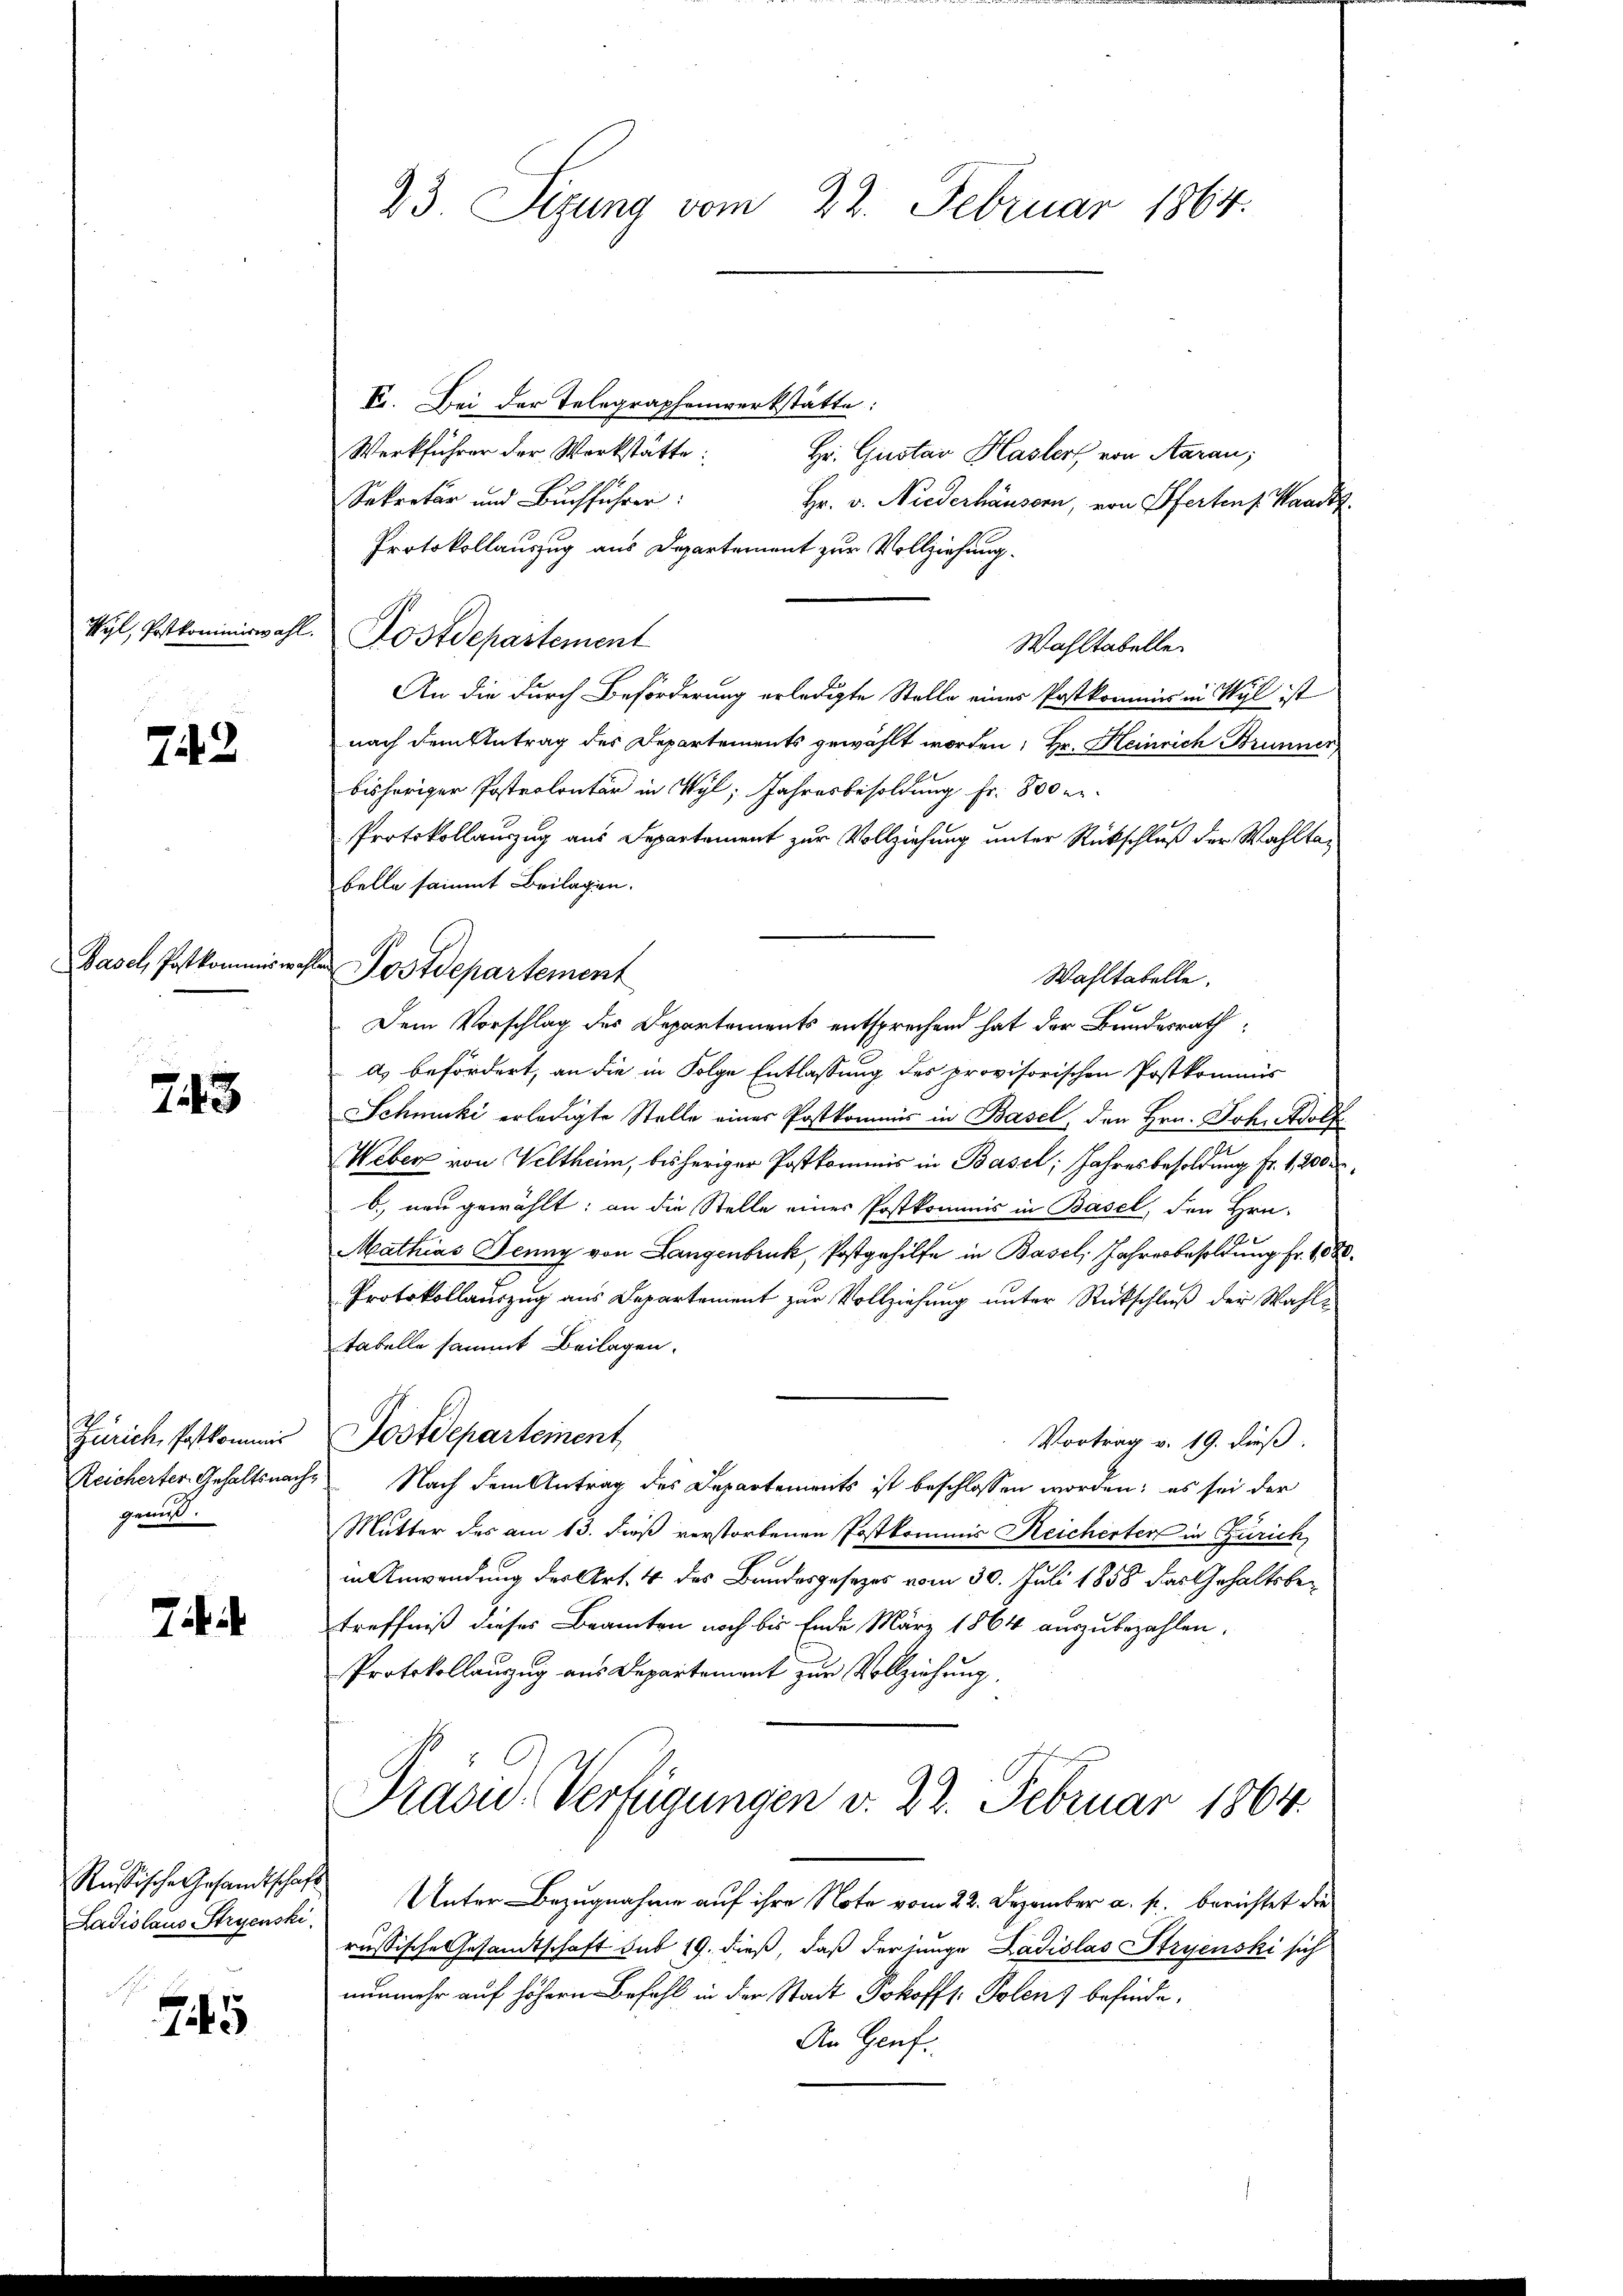
Wyl, Postkommiswahl

742

Basel, Postkommiswa

248

Zürich, Postkommis
Reicherter Gehaltsnach.
gemis.

Thi

Rustische Gesandtschaft
Ladislaus Stryenski

5

de Postdepartement

23 Sizung vom 22. Februar 1864.

E. Bei der Telegraphenwerkstätte:
Werkführer der Werkstätte:
Hr. Gustav Hasler von Aarau,
Sekretär und Buchführer:
Hr. v. Niederhäusern, von Pferten Waadtz
Protokollauszug aus Departement zur Vollziehung.
Postdepartement
Wahltabelle.
An die durch Beförderung erledigte Stelle eines Postkommis in Wyl ist
nach dem Antrag des Departements gewählt worden; Hr. Heinrich Brunner,
bisheriger Postrolontär in Wyl, Jahresbesoldung fr. 800 er
Protokollauszug aus Departement zur Vollziehung unter Rückschluß der Wahltabelle sammt Beilagen.
Wahltabelle.
Dem Vorschlag des Departements entsprechend hat der Bundesrath
a) befördert, an die in Folge Entlassung des provisorischen Postkommis
Schmucki erledigte Stelle eines Postkommis in Basel, den Hrn. Joh. Adolf
Weber von Veltheim, bisheriger Postkommis in Basel, Jahresbesoldung fr. 1200
b) neu gewählt: an die Stelle einer Postkommis in Basel, den Hrn.
Mathias Jenny von Langenbruck, Postgehilfe in Basel, Jahresbesoldŭng fr. 1080.
Protokollauszug aus Departement zur Vollziehung unter Rückschluß der Wahltabelle sammt Beilagen.
Postdepartement,
Vortrag v. 19. dieß.
 Nach dem Antrag des Departements ist beschlossen worden; es sei der
Mutter des am 13. dieß verstorbenen Postkommis Reicherten in Zürich,
in Anwendung der Art. 4 des Bundesgesetzes vom 30. Juli 1858 das Gehaltsbetreffniß dieses Beamten noch bis Ende März 1864 auszubezahlen.
Protokollauszug aus Departement zur Vollziehung.
Präsid. Verfügungen v. 22. Februar 1864.
Unter Bezugnahme auf ihre Note vom 22. Dezember a. p. berichtet die
russische Gesamtschaft sub 19. dieß, daß der junge Ladislas Stryenski sich
nunmehr auf höhern Befehl in der Stadt Pokoffs. Polenz befinde,
An Genf.